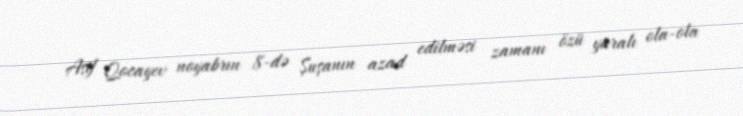
Asif Qocayev noyabrın 8-də Şuşanın azad edilməsi zamanı özü yaralı ola-ola